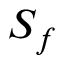
S _ { f }